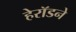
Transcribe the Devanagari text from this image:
हेरॉडने